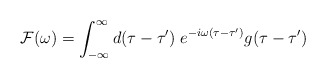
\begin{align*}{\cal F}(\omega)=\int^\infty_{-\infty}d(\tau-\tau') \;e^{-i\omega(\tau-\tau')}g(\tau-\tau')\end{align*}